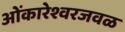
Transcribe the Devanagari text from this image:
ओंकारेश्वरजवळ